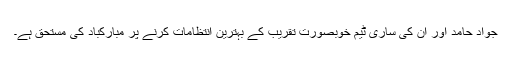
جواد حامد اور ان کی ساری ٹیم خوبصورت تقریب کے بہترین انتظامات کرنے پر مبارکباد کی مستحق ہے۔